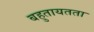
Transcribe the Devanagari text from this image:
बहुतायतता